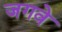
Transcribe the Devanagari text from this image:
जगवे